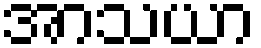
အာသယာ